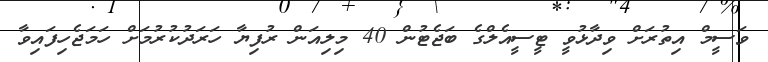
ވަސީމް އިތުރަށް ވިދާޅުވީ ޓީސީއެލްގެ ބަޖެޓުން 40 މިލިއަން ރުފިޔާ ހަރަދުކުރުމަށް ހަަމަޖެހިފައިވާ